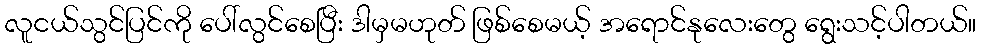
လူငယ်သွင်ပြင်ကို ပေါ်လွင်စေပြီး ဒါမှမဟုတ် ဖြစ်စေမယ့် အရောင်နုလေးတွေ ရွေးသင့်ပါတယ်။